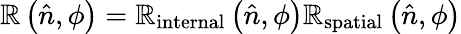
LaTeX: \mathbb{R}\left({\hat{{n}}},\phi\right)=\mathbb{R}_{\mathrm{{internal}}}\left({\hat{{n}}},\phi\right)\mathbb{R}_{\mathrm{{spatial}}}\left({\hat{{n}}},\phi\right)